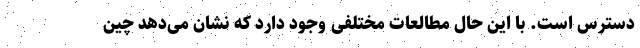
دسترس است. با این حال مطالعات مختلفی وجود دارد که نشان می‌دهد چین